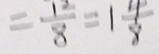
= \frac { 1 2 } { 8 } = 1 \frac { 4 } { 8 }